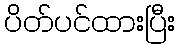
ပိတ်ပင်ထားပြီး